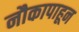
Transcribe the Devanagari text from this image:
नौकापाहून